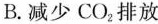
B.减少CO2排放